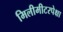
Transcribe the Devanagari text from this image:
मिलीमीटरपेक्षा